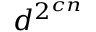
d ^ { 2 ^ { c n } }